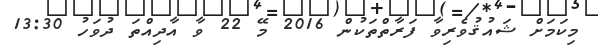
މިކަމަށް ޝައުޤުވެރިވާ ފަރާތްތަކުން 2016 މޭ 22 ވާ އާދިއްތަ ދުވަހު 13:30